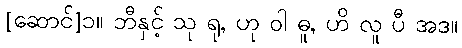
[ဆောင်]၁။ ဘီနှင့် သု ရု, ဟု ဝါ ဓူ, ဟိ လူ ပီ အဒ။